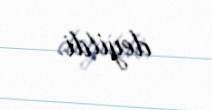
deyildi.